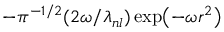
- \pi ^ { - 1 / 2 } ( 2 \omega / \lambda _ { n l } ) \exp \bigl ( - \omega r ^ { 2 } \bigr )